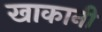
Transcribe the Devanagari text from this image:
खाकानी